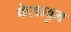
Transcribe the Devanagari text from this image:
फेत्चबुन